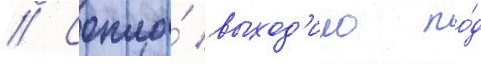
// Сопло́ выход'ило по́д